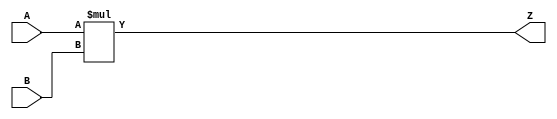
// Copyright (C) 2022 RapidSilicon
//

module mult_16x16 (
    input  wire [15:0] A,
    input  wire [15:0] B,
    output wire [31:0] Z
);

    assign Z = A * B;

endmodule

module mult_20x18 (
    input  wire [19:0] A,
    input  wire [17:0] B,
    output wire [37:0] Z
);

    assign Z = A * B;

endmodule

module mult_8x8 (
    input  wire [ 7:0] A,
    input  wire [ 7:0] B,
    output wire [15:0] Z
);

    assign Z = A * B;

endmodule

module mult_10x9 (
    input  wire [ 9:0] A,
    input  wire [ 8:0] B,
    output wire [18:0] Z
);

    assign Z = A * B;

endmodule

module mult_8x8_s (
    input  wire signed [ 7:0] A,
    input  wire signed [ 7:0] B,
    output wire signed [15:0] Z
);

    assign Z = A * B;

endmodule